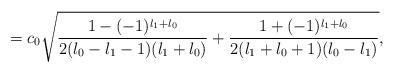
\begin{align*}=c_{0} \sqrt{\frac{1 - (-1)^{l_{1}+l_{0}}}{2(l_{0}-l_{1}-1)(l_{1}+l_{0})} + \frac{1 + (-1)^{l_{1}+l_{0}}}{2(l_{1}+l_{0}+1)(l_{0}-l_{1})}},\end{align*}